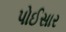
પોઈસાર